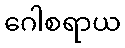
ဂေါစရာယ